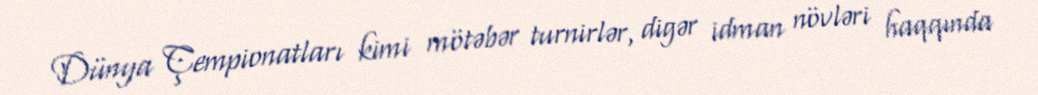
Dünya Çempionatları kimi mötəbər turnirlər, digər idman növləri haqqında